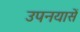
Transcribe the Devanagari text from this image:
उपनयासें